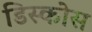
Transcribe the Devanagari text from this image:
डिस्कोस